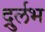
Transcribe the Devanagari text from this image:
दुर्र्लभ